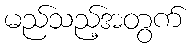
မည်သည့်အတွက်